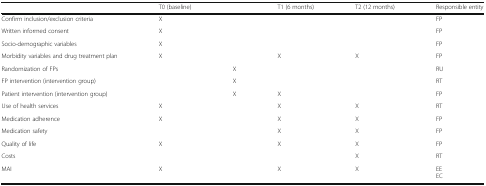
|  | T0 (baseline) |  | T1 (6 months) | T2 (12 months) | Responsible entity |
 | --- | --- | --- | --- | --- | --- |
 | Confirm inclusion/exclusion criteria | X |  |  |  | FP |
 | Written informed consent | X |  |  |  | FP |
 | Socio-demographic variables | X |  |  |  | FP |
 | Morbidity variables and drug treatment plan | X |  | X | X | FP |
 | Randomization of FPs |  | X |  |  | RU |
 | FP intervention (intervention group) |  | X |  |  | RT |
 | Patient intervention (intervention group) |  | X | X |  | FP |
 | Use of health services | X |  | X | X | RT |
 | Medication adherence | X |  | X | X | FP |
 | Medication safety |  |  | X | X | FP |
 | Quality of life | X |  | X | X | FP |
 | Costs |  |  |  | X | RT |
 | MAI | X |  | X | X | EEEC |